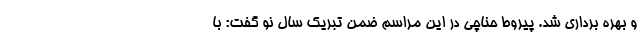
و بهره برداری شد. پیروط حناچی در این مراسم ضمن تبریک سال نو گفت: با